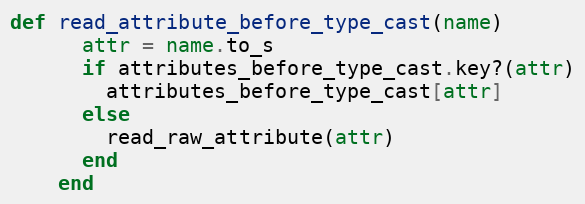
Language: Ruby
def read_attribute_before_type_cast(name)
      attr = name.to_s
      if attributes_before_type_cast.key?(attr)
        attributes_before_type_cast[attr]
      else
        read_raw_attribute(attr)
      end
    end